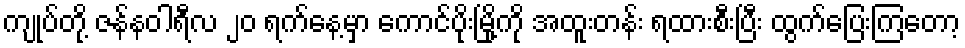
ကျုပ်တို့ ဇန်နဝါရီလ ၂၀ ရက်နေ့မှာ ကောင်ပိုးမြို့ကို အထူးတန်း ရထားစီးပြီး ထွက်ပြေးကြတော့